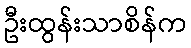
ဦးထွန်းသာစိန်က